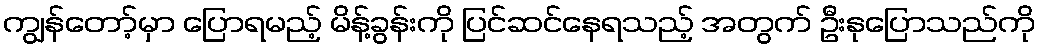
ကျွန်တော့်မှာ ပြောရမည့် မိန့်ခွန်းကို ပြင်ဆင်နေရသည့် အတွက် ဦးနုပြောသည်ကို